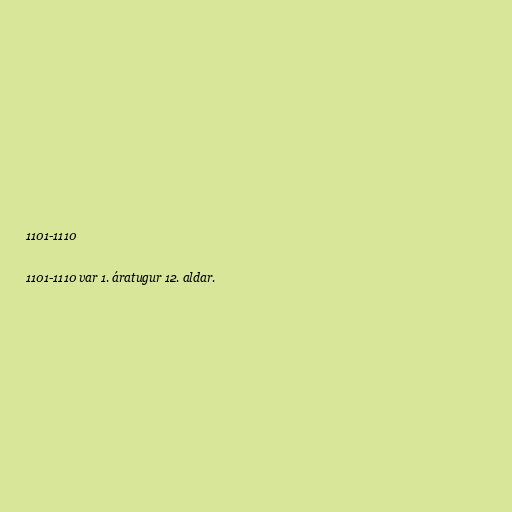
1101-1110

1101-1110 var 1. áratugur 12. aldar.